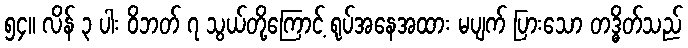
၅၄။ လိန် ၃ ပါး ဝိဘတ် ၇ သွယ်တို့ကြောင့် ရုပ်အနေအထား မပျက် ပြားသော တဒ္ဓိတ်သည်